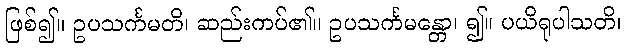
ဖြစ်၍။ ဥပသင်္ကမတိ၊ ဆည်းကပ်၏။ ဥပသင်္ကမန္တော၊ ၍။ ပယိရုပါသတိ၊